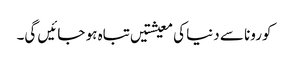
کورونا سے دنیا کی معیشتیں تباہ ہو جائیں گی۔